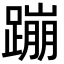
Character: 蹦